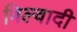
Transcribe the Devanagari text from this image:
बिल्वादी